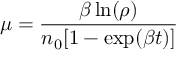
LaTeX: \mu = { \frac { \beta \ln ( \rho ) } { n _ { 0 } [ 1 - \exp ( \beta t ) ] } }